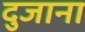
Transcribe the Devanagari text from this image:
दुजाना